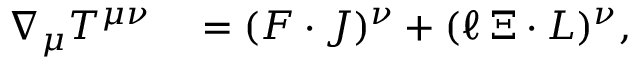
\begin{array} { r l } { \nabla _ { \mu } T ^ { \mu \nu } } & { { } = ( F \cdot J ) ^ { \nu } + ( \ell \, \Xi \cdot L ) ^ { \nu } , } \end{array}